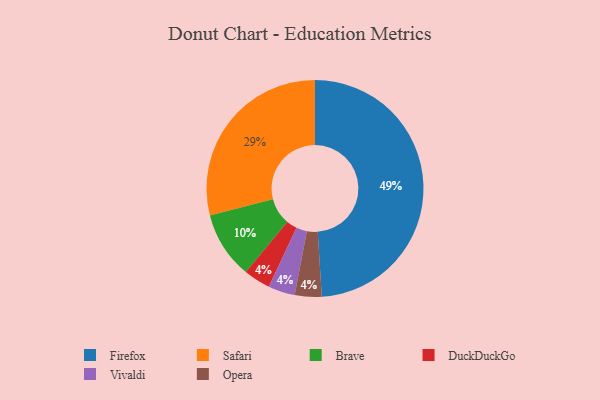
{"axis": {"x": "Category", "y": "Percentage"}, "legend": ["Brave", "DuckDuckGo", "Firefox", "Opera", "Safari", "Vivaldi"], "data": [{"x": "Brave", "y": 10, "type": "Brave"}, {"x": "Firefox", "y": 49, "type": "Firefox"}, {"x": "DuckDuckGo", "y": 4, "type": "DuckDuckGo"}, {"x": "Vivaldi", "y": 4, "type": "Vivaldi"}, {"x": "Safari", "y": 29, "type": "Safari"}, {"x": "Opera", "y": 4, "type": "Opera"}]}